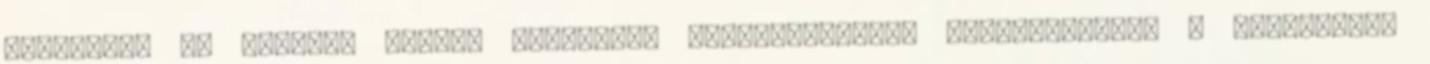
kitöltött és általuk aláírt Cafeteria nyilatkozatot, automatikusan a munkáltató